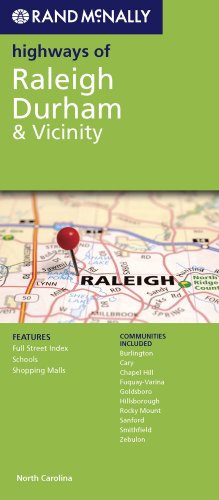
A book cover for Rand McNally Folded Map: Raleigh Durham Highways (Rand McNally Highways Of...); Rand McNally; Travel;